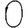
Digit: 0